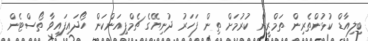
ބިލިއާޑް ކުޅުންތެރިން ތަމްރީން ކުރުމަށް ތިން ފަހަރު ދުނިޔޭގެ ޗެމްޕިއަންކަން ހޯދައިފައިވާ ތޯސްޓެން